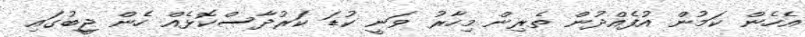
އެހެން ކަމުން އުފެއްދުން ތެރިން މިހާރު ވަނީ ކުޑަ ކަރުދާސްކޮޅެއް ހެން ޖީބުގައި